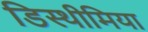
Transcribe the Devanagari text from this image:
डिस्थीमिया